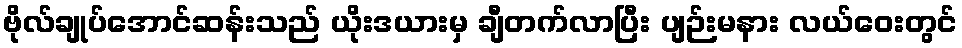
ဗိုလ်ချုပ်အောင်ဆန်းသည် ယိုးဒယားမှ ချီတက်လာပြီး ပျဉ်းမနား လယ်ဝေးတွင်